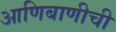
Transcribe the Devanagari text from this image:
आणिबाणीची